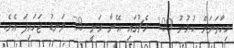
މިހާތަނަށް ކުޅުނު 100 މެޗުގައި އޭނާ ވަނީ 38 ލަނޑު ޖަހައިފަ އެެވެ.